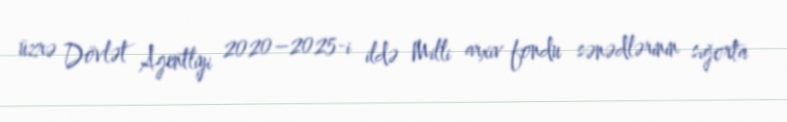
üzrə Dövlət Agentliyi 2020–2025-i ildə Milli arxiv fondu sənədlərinin sığorta